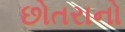
છોતરાનો